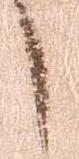
し